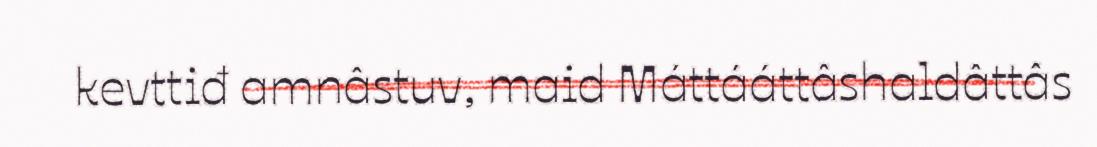
kevttiđ amnâstuv, maid Máttááttâshaldâttâs